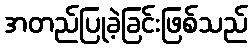
အတည်ပြုခဲ့ခြင်းဖြစ်သည်